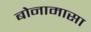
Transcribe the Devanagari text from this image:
बोनामासा